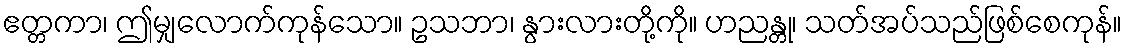
ဧတ္တကာ၊ ဤမျှလောက်ကုန်သော။ ဥသဘာ၊ နွားလားတို့ကို။ ဟညန္တု၊ သတ်အပ်သည်ဖြစ်စေကုန်။